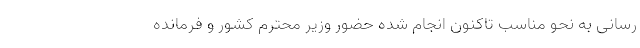
رسانی به نحو مناسب تاکنون انجام شده حضور وزیر محترم کشور و فرمانده